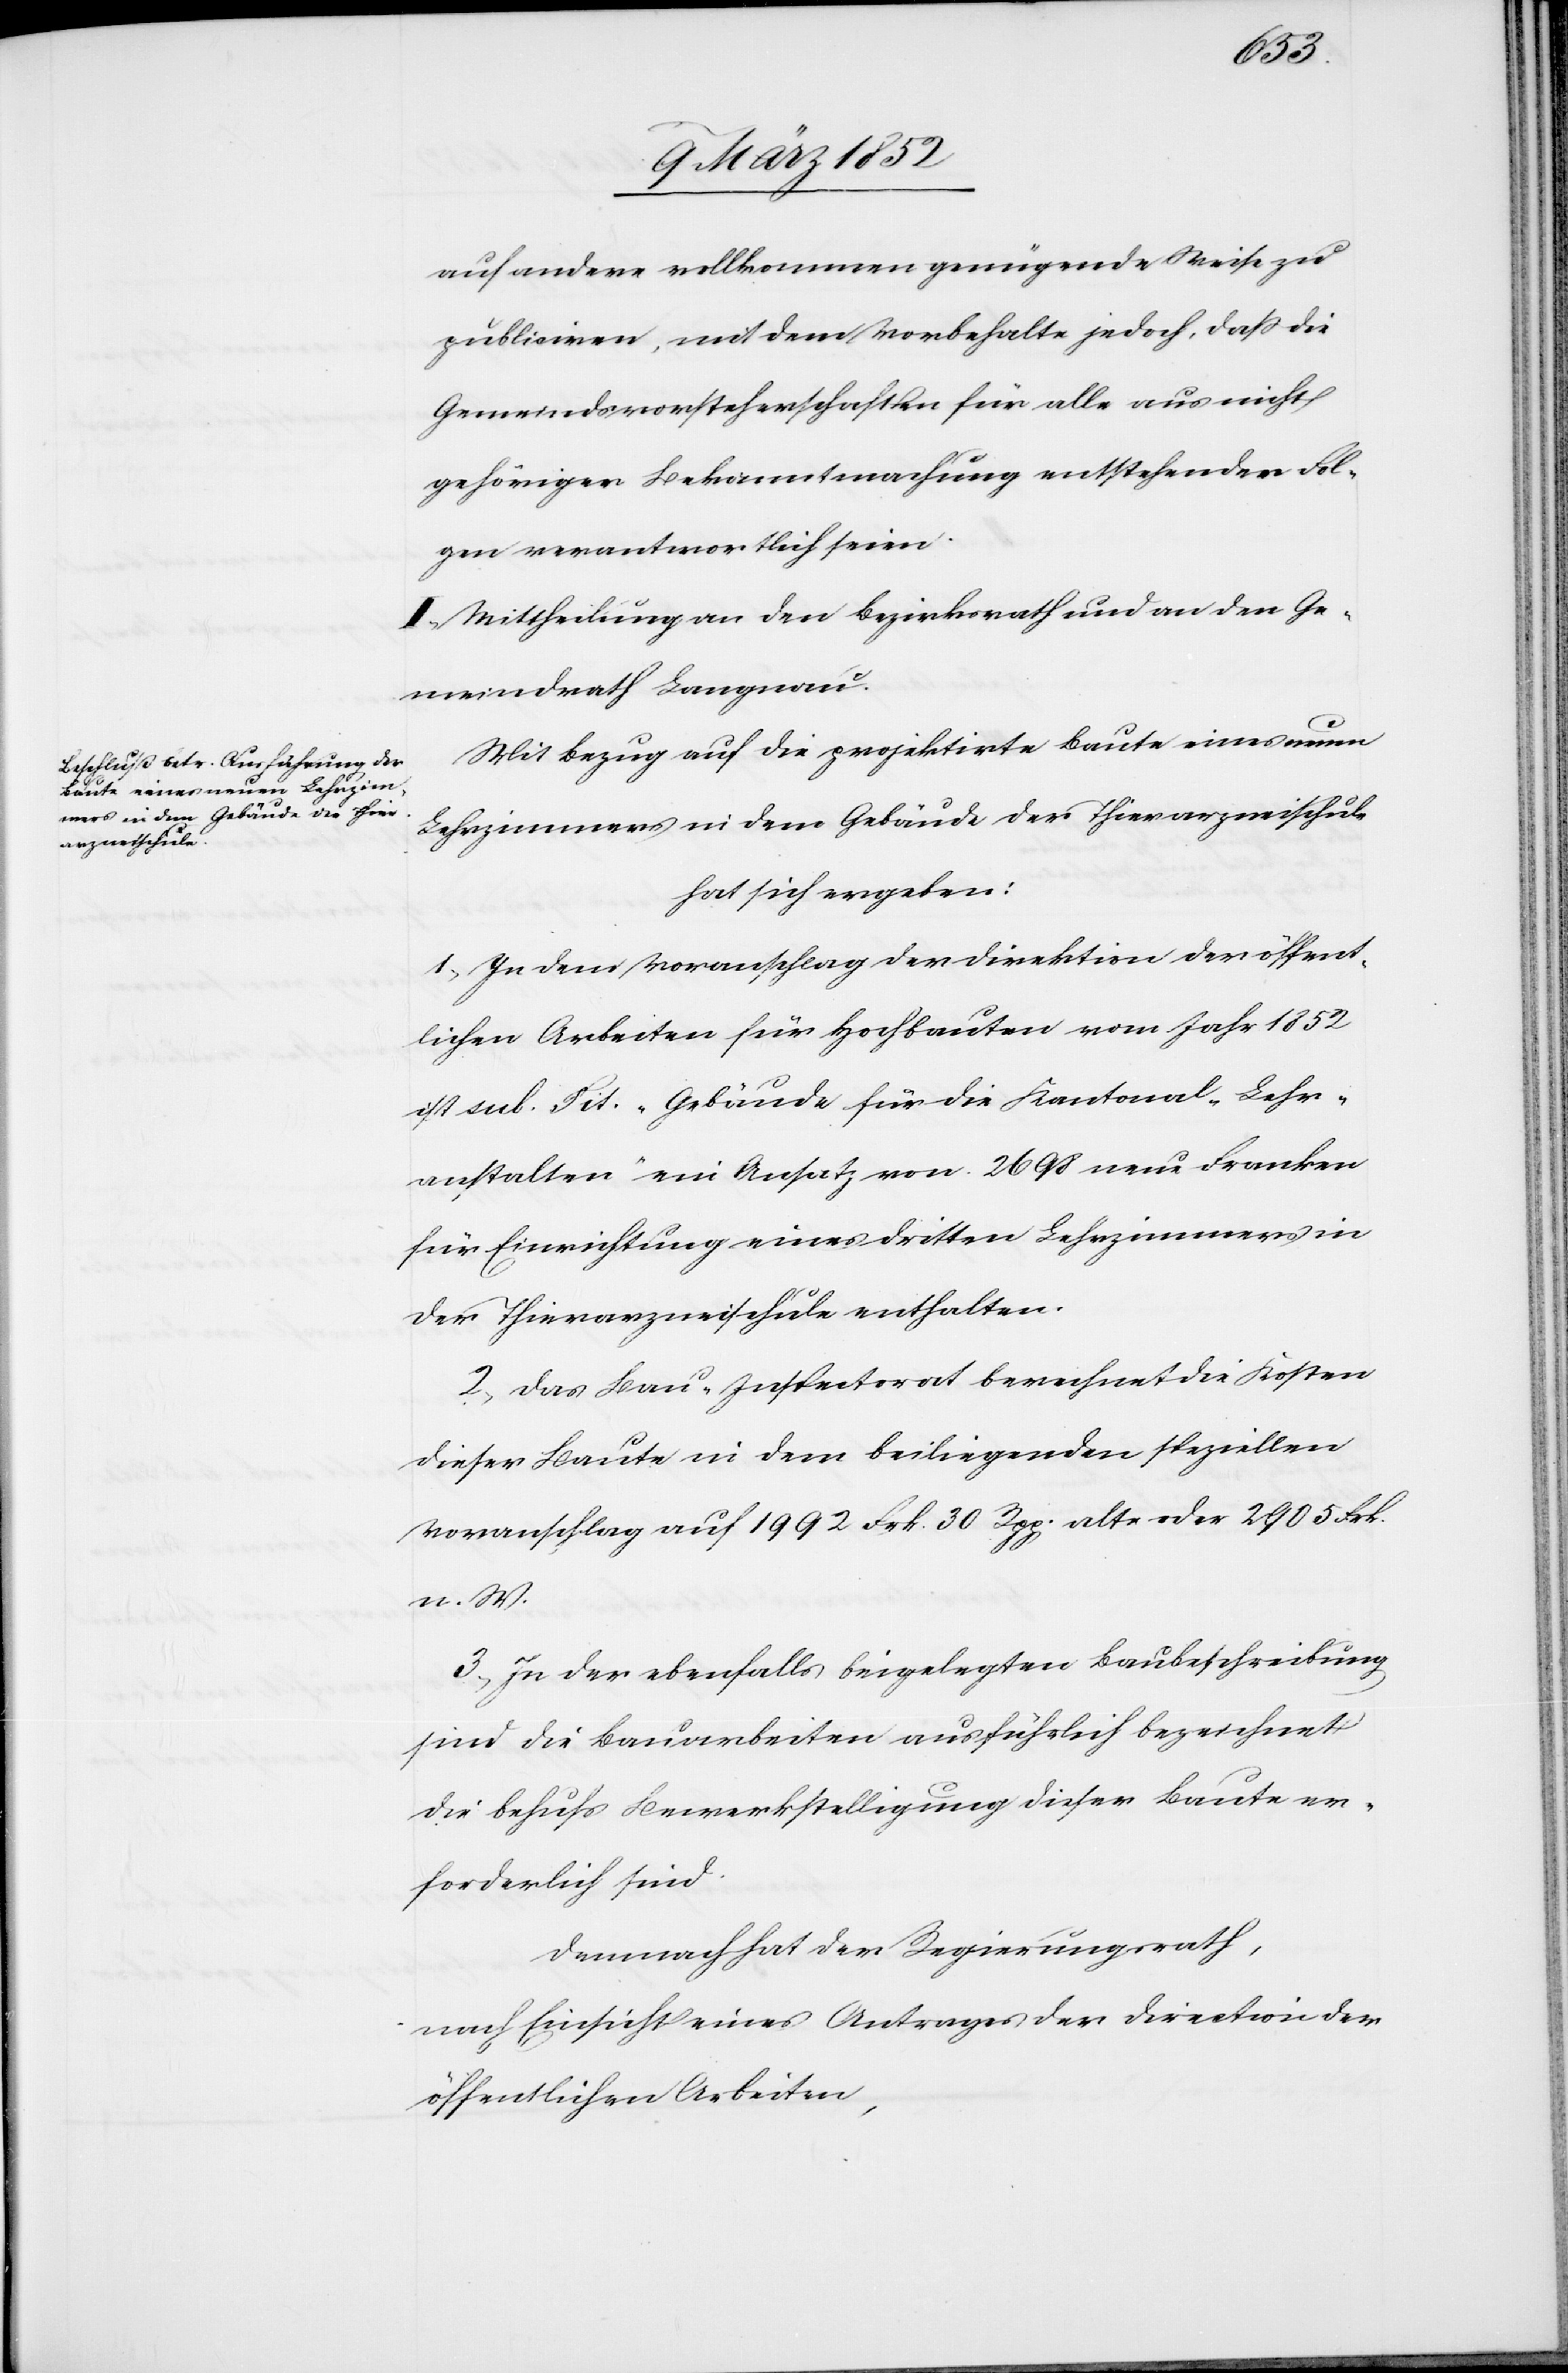
auf andere vollkommen genügende Weise zu
publiciren, mit dem Vorbehalte jedoch, daß die
Gemeindsvorsteherschaften für alle aus nicht
gehöriger Bekanntmachung entstehenden Fol¬
gen verantwortlich seien.
II. Mittheilung an den Bezirksrath und an den Ge¬
meindrath Langnau.
Mit Bezug auf die projektirte Baute eines neuen
Lehrzimmers in dem Gebäude der Thierarzneyschule
hat sich ergeben:
1.) In dem Voranschlag der Direktion der öffent¬
lichen Arbeiten für Hochbauten vom Jahr 1852
ist sub. Tit. „Gebäude für die Kantonal-Lehr¬
anstalten“ ein Ansatz von 2698 neue Franken
für Einrichtung eines dritten Lehrzimmers in
der Thierarzneyschule enthalten.
2.) Das Bau-Inspectorat berechnet die Kosten
dieser Baute in dem beiliegenden speziellen
Voranschlag auf 1992 Frk. 30 Rpp. alte oder 2905 Frk.
n. W.
3.) In der ebenfalls beigelegten Baubeschreibung
sind die Bauarbeiten ausführlich bezeichnet
die behufs Bewerkstelligung dieser Baute er¬
forderlich sind.
Demnach hat der Regierungsrath,
nach Einsicht eines Antrages der Direction der
öffentlichen Arbeiten,